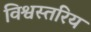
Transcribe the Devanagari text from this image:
विश्वस्तरिय